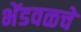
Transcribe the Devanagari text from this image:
भेंडवळचे